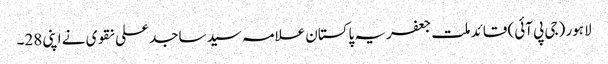
لاہور (جی پی آئی) قائد ملت جعفریہ پاکستان علامہ سید ساجد علی نقوی نے اپنی 28۔